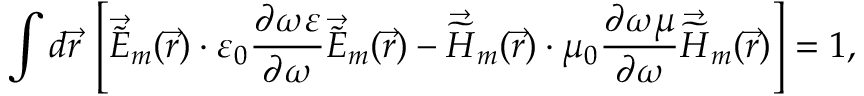
\int d \vec { r } \: \left[ \vec { \widetilde { E } } _ { m } ( \vec { r } ) \cdot \varepsilon _ { 0 } \frac { \partial \omega \varepsilon } { \partial \omega } \vec { \widetilde { E } } _ { m } ( \vec { r } ) - \vec { \widetilde { H } } _ { m } ( \vec { r } ) \cdot \mu _ { 0 } \frac { \partial \omega \mu } { \partial \omega } \vec { \widetilde { H } } _ { m } ( \vec { r } ) \right] = 1 ,